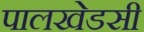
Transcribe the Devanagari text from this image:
पालखेडसी